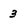
Character: 3